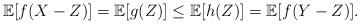
LaTeX: \begin{align*}\mathbb{E}[f(X-Z)] = \mathbb{E}[g(Z)] \le \mathbb{E}[h(Z)] = \mathbb{E}[f(Y-Z)].\end{align*}